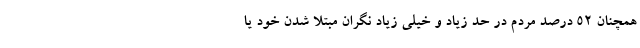
همچنان ۵۲ درصد مردم در حد زیاد و خیلی زیاد نگران مبتلا شدن خود یا